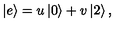
\left| e \right> = u \left| 0 \right> + v \left| 2 \right> ,